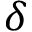
\delta